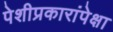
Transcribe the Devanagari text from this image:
पेशीप्रकारांपेक्षा